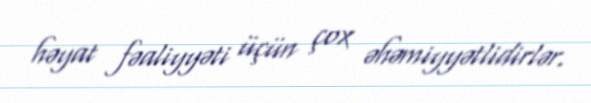
həyat fəaliyyəti üçün çox əhəmiyyətlidirlər.